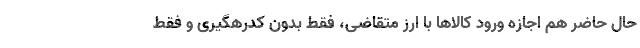
حال حاضر هم اجازه ورود کالاها با ارز متقاضی، فقط بدون کدرهگیری و فقط